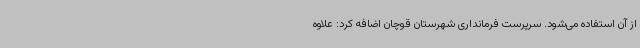
از آن استفاده می‌شود. سرپرست فرمانداری شهرستان قوچان اضافه کرد: علاوه